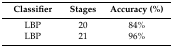
| Classifier | Stages | Accuracy (%) |
 | --- | --- | --- |
 | LBP | 20 | 84% |
 | LBP | 21 | 96% |